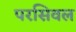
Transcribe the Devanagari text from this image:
परसिवल